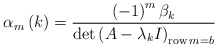
\begin{align*}\alpha_{m}\left( k\right) =\frac{\left( -1\right) ^{m}\beta_{k}}{\det\left( A-\lambda_{k}I\right) _{\operatorname{row}m=b}}\end{align*}